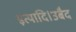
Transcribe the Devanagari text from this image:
इत्यादि।उबैद